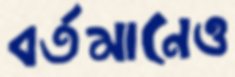
বর্তমানেও